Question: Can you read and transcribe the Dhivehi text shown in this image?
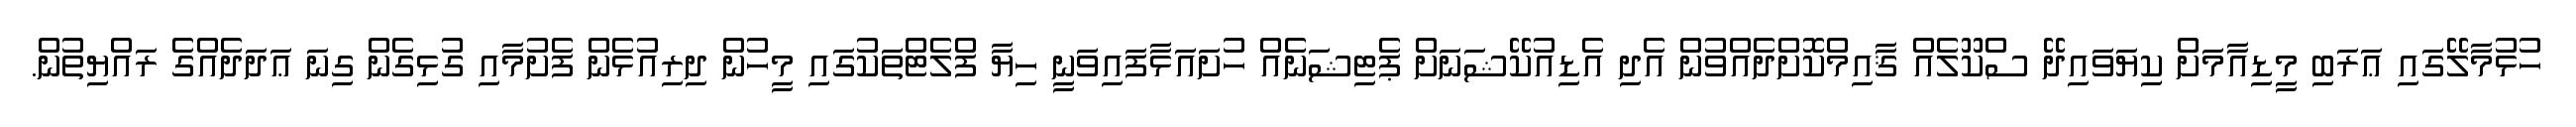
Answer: ހުޅުމާލޭގައި ޢަރަބި މީޑިއާމަށް ކިޔަވައިދޭ ސްކޫލެއް ޤާއިމްކޮށްދެއްވުން އެދި އެޑިއުކޭޝަނަށް ޕެޓިޝަނެއް ހުށައަޅާފައިވަނީ ހިޔާ ފްލެޓްތަކުގައި މީހުން ދިރިއުޅެން ފެށުމާއި ގުޅިގެން ގިނަ ޢަދަދެއްގެ ރައްޔިތުން.